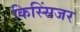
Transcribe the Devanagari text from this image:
किस्सिंजर